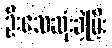
ဦးသေဆုံးခဲ့ပြီး